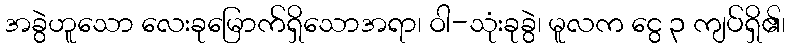
အခွဲဟူသော လေးခုမြောက်ရှိသောအရာ၊ ဝါ-သုံးခုခွဲ၊ မူလက ငွေ ၃ ကျပ်ရှိ၏၊